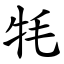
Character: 牦